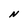
Character: N